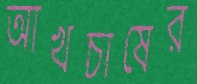
আখচাষের